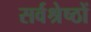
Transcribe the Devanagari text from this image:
सर्वश्रेष्ठों